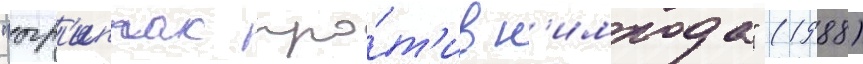
"агр'иппас про́т'ив н'имрода" (1988)